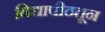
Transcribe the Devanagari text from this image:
विद्यापीठतून